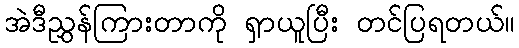
အဲဒီညွှန်ကြားတာကို ရှာယူပြီး တင်ပြရတယ်။